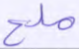
ملح